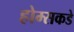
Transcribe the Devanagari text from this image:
होम्सकडे